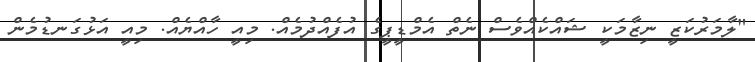
"ލާމަރުކަޒީ ނިޒާމަކީ ޝައްކެއްވެސް ނެތް އެމްޑީޕީގެ އުފެއްދުމެއް. މިއީ ހާއްޔެއް. މިއީ އަޅުގަނޑުމެން